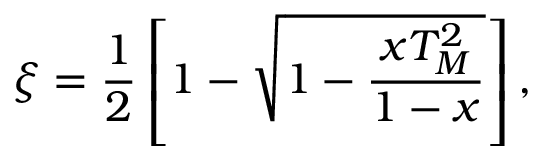
\xi = \frac { 1 } { 2 } \left[ 1 - \sqrt { 1 - \frac { x T _ { M } ^ { 2 } } { 1 - x } } \right] ,